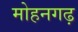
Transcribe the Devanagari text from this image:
मोहनगढ़